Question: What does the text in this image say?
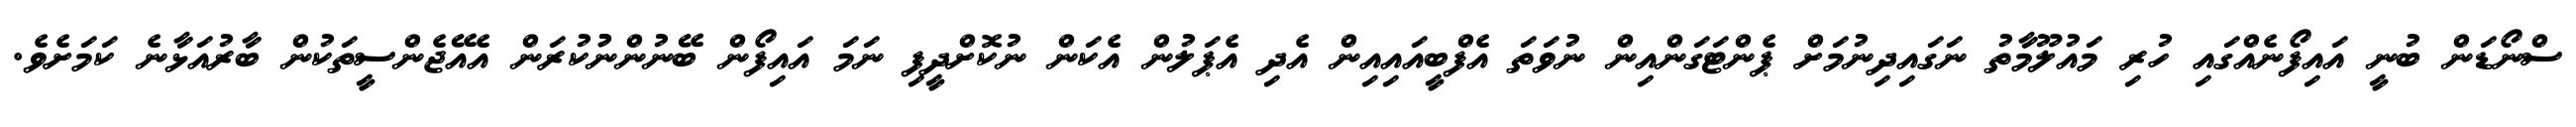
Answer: ސްނޯޑަން ބުނީ އައިފޯނެއްގައި ހުރި މައުލޫމާތު ނަގައިދިނުމަށް ޕެންޓަގަންއިން ނުވަތަ އެފްބީއައިއިން އެދި އެޕަލުން އެކަން ނުކޮށްދީފި ނަމަ އައިފޯން ބޭނުންނުުކުރަން އެއޭޖެންސީތަކުން ބާރުއަޅާނެ ކަމަށެވެ.